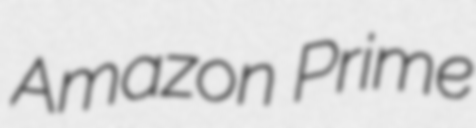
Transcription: Amazon Prime